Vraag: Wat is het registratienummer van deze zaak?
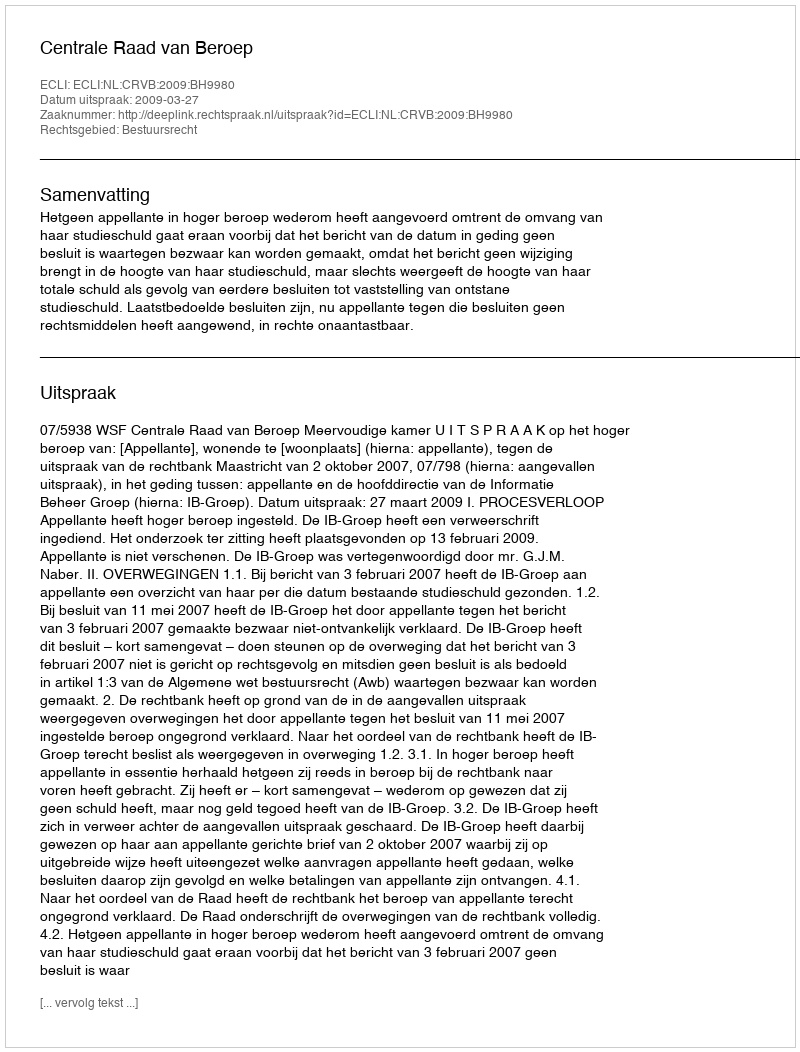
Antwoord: http://deeplink.rechtspraak.nl/uitspraak?id=ECLI:NL:CRVB:2009:BH9980